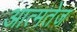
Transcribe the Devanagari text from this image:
आत्मतेज